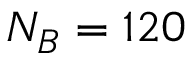
N _ { B } = 1 2 0